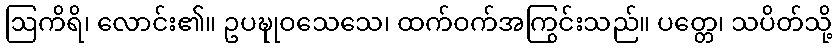
ဩကိရိ၊ လောင်း၏။ ဥပဍ္ဎုဝသေသေ၊ ထက်ဝက်အကြွင်းသည်။ ပတ္တေ၊ သပိတ်သို့